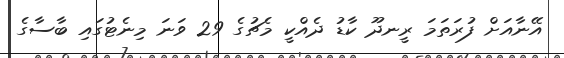
އޭނާއަށް ފުރަތަމަ ރީނދޫ ކާޑު ދެއްކީ މެޗުގެ 29 ވަނަ މިނެޓުގައި ބާސާގެ